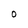
Character: O